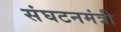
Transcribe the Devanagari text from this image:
संघटनमंत्री